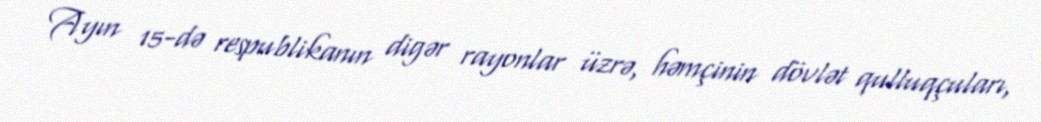
Ayın 15-də respublikanın digər rayonlar üzrə, həmçinin dövlət qulluqçuları,